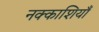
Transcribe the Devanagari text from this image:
नक्काशियाँ